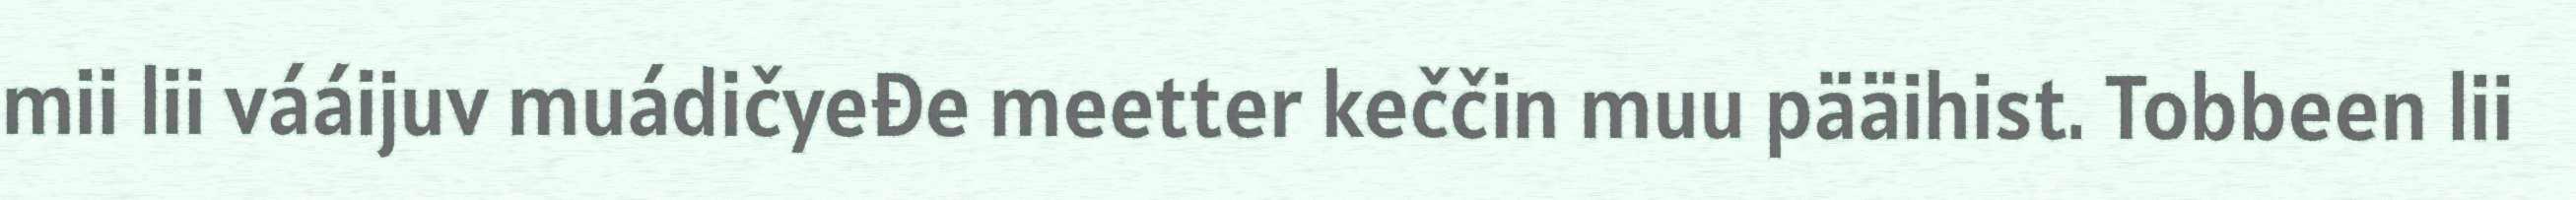
mii lii vááijuv muádičyeđe meetter keččin muu pääihist. Tobbeen lii